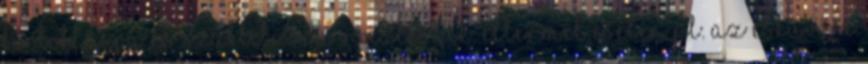
birtoklásra és szállításra vonatkozik. Éttermek esetén pl. az esküvőre